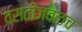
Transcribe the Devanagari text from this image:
वसतीजवळच